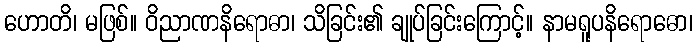
ဟောတိ၊ မဖြစ်။ ဝိညာဏနိရောဓာ၊ သိခြင်း၏ ချုပ်ခြင်းကြောင့်။ နာမရူပနိရောဓော၊